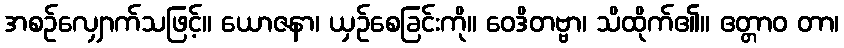
အစဉ်လျှောက်သဖြင့်။ ယောဇနာ၊ ယှဉ်စေခြင်းကို။ ဝေဒိတဗ္ဗာ၊ သိထိုက်၏။ ဧတ္တာဝ တာ၊